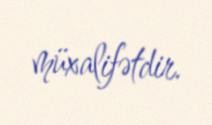
müxalifətdir.